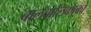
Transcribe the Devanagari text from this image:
बालबालिकाको